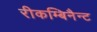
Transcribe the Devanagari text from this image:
रीकम्बिनैन्ट